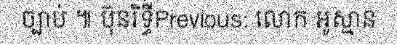
ច្បាប់ ៕ ប៊ុនរិទ្ធីPrevious: លោក អូស្មាន